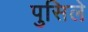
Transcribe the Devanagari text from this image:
पुसिले